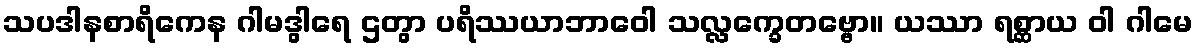
သပဒါနစာရိကေန ဂါမဒွါရေ ဌတွာ ပရိဿယာဘာဝေါ သလ္လက္ခေတဗ္ဗော။ ယဿာ ရစ္ဆာယ ဝါ ဂါမေ